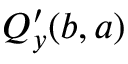
Q _ { y } ^ { \prime } ( b , a )